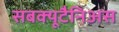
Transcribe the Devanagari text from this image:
सबक्यूटैनिअस